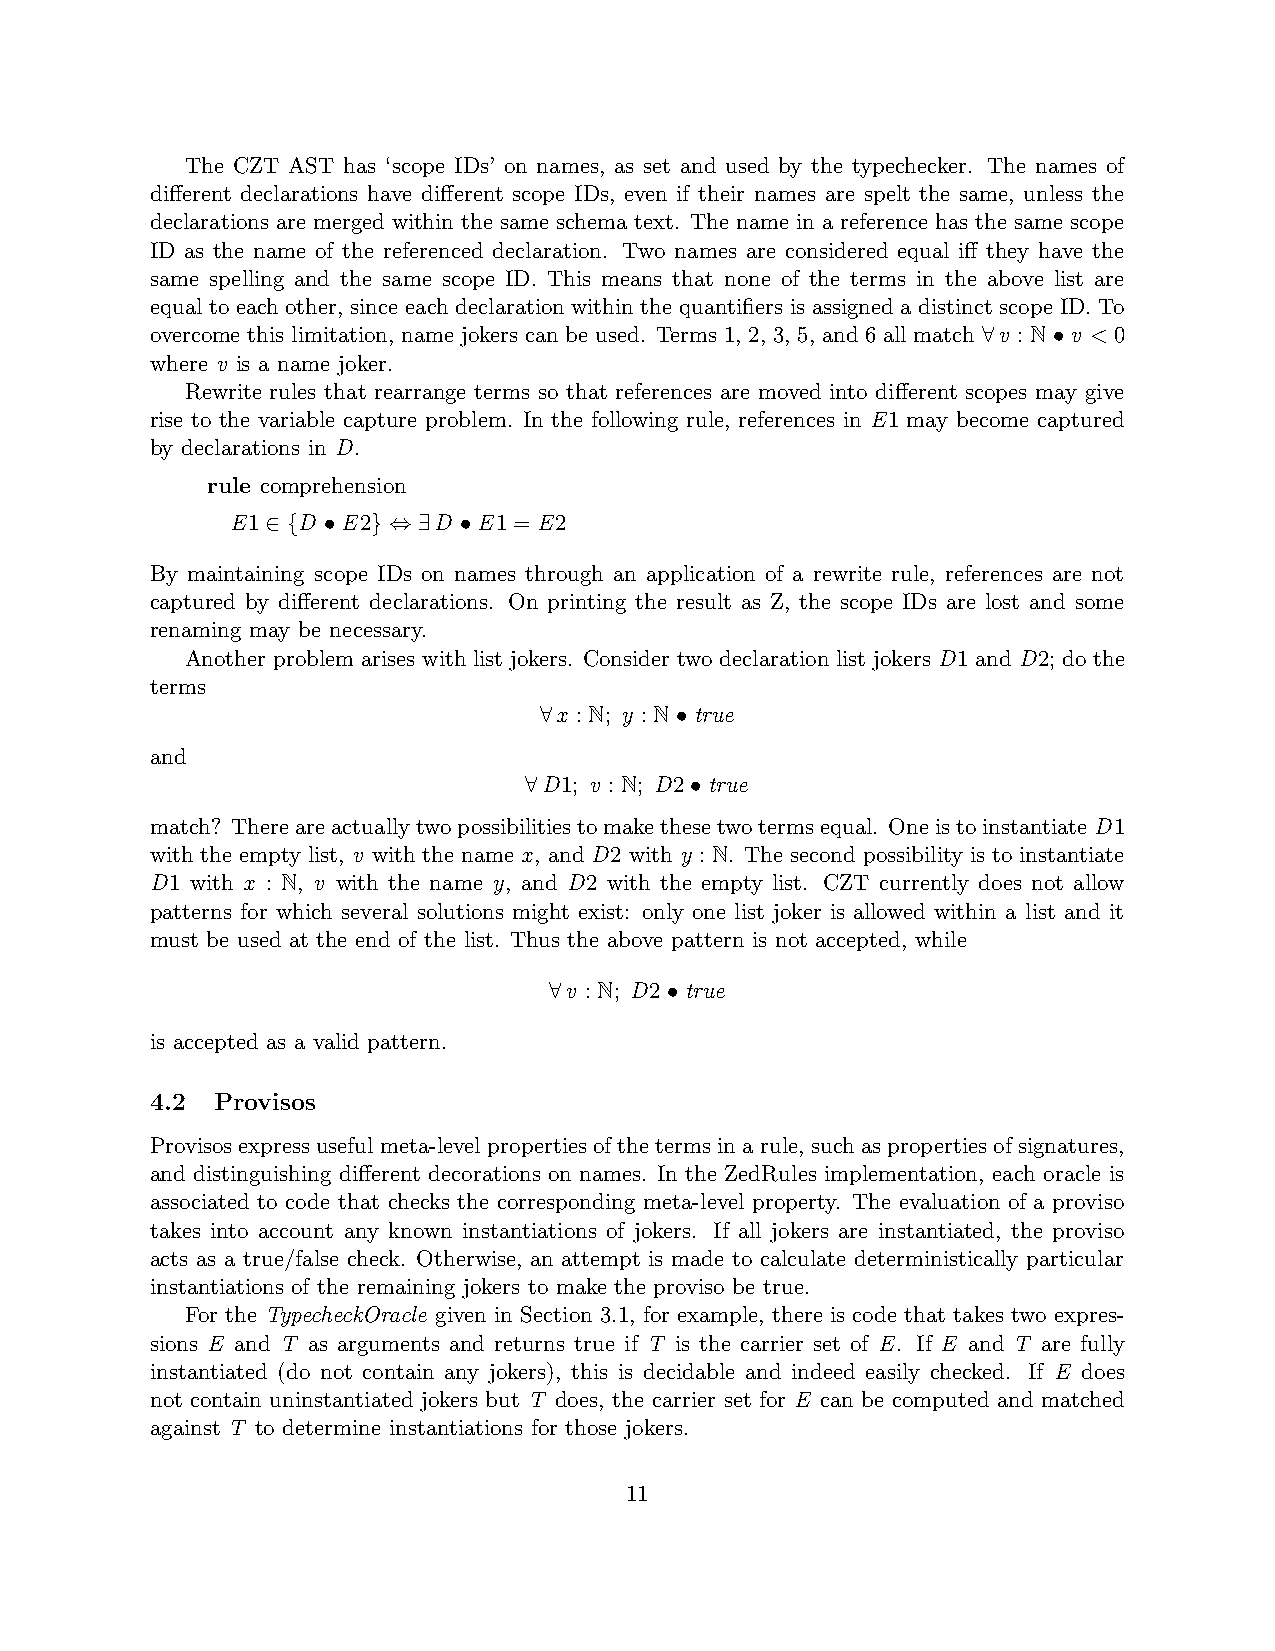
The CZT AST has ‘scope IDs’ on names, as set and used by the typechecker. The names of
 different declarations have different scope IDs, even if their names are spelt the same, unless the
 declarations are merged within the same schema text. The name in a reference has the same scope
 ID as the name of the referenced declaration. Two names are considered equal iff they have the
 same spelling and the same scope ID. This means that none of the terms in the above list are
 equal to each other, since each declaration within the quantifiers is assigned a distinct scope ID. To
 overcome this limitation, name jokers can be used. Terms 1, 2, 3, 5, and 6 all match ∀v : N • v < 0
 where v is a name joker.
 Rewrite rules that rearrange terms so that references are moved into different scopes may give
 rise to the variable capture problem. In the following rule, references in E1 may become captured
 by declarations in D.
 rule comprehension
 E1 ∈ {D • E2} ⇔ ∃D • E1 = E2
 By maintaining scope IDs on names through an application of a rewrite rule, references are not
 captured by different declarations. On printing the result as Z, the scope IDs are lost and some
 renaming may be necessary.
 Another problem arises with list jokers. Consider two declaration list jokers D1 and D2; do the
 terms
 ∀x : N; y : N • true
 and
 ∀D1; v : N; D2 • true
 match? Thereareactuallytwopossibilitiestomakethesetwotermsequal. OneistoinstantiateD1
 with the empty list, v with the name x, and D2 with y : N. The second possibility is to instantiate
 D1 with x : N, v with the name y, and D2 with the empty list. CZT currently does not allow
 patterns for which several solutions might exist: only one list joker is allowed within a list and it
 must be used at the end of the list. Thus the above pattern is not accepted, while
 ∀v : N; D2 • true
 is accepted as a valid pattern.
 4.2 Provisos
 Provisos express useful meta-level properties of the terms in a rule, such as properties of signatures,
 and distinguishing different decorations on names. In the ZedRules implementation, each oracle is
 associated to code that checks the corresponding meta-level property. The evaluation of a proviso
 takes into account any known instantiations of jokers. If all jokers are instantiated, the proviso
 acts as a true/false check. Otherwise, an attempt is made to calculate deterministically particular
 instantiations of the remaining jokers to make the proviso be true.
 For the TypecheckOracle given in Section 3.1, for example, there is code that takes two expres-
 sions E and T as arguments and returns true if T is the carrier set of E. If E and T are fully
 instantiated (do not contain any jokers), this is decidable and indeed easily checked. If E does
 not contain uninstantiated jokers but T does, the carrier set for E can be computed and matched
 against T to determine instantiations for those jokers.
 11